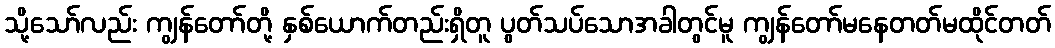
သို့သော်လည်း ကျွန်တော်တို့ နှစ်ယောက်တည်းရှိတူ ပွတ်သပ်သောအခါတွင်မူ ကျွန်တော်မနေတတ်မထိုင်တတ်